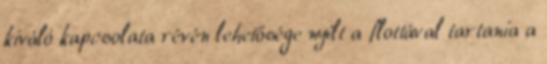
kiváló kapcsolata révén lehetősége nyílt a flottával tartania a